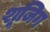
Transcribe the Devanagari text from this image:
शूजिग